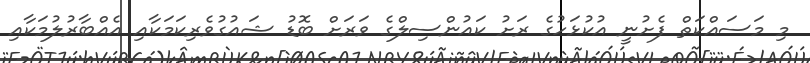
މި މަސައްކަތް ފެށުނީ އުކުޅަހުގެ ރަށު ކައުންސިލްގެ ވަރަށް ބޮޑު ޝައުގުވެރިކަމަކާއި އެއްބާރުލުމަކާއި